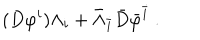
LaTeX: ( D { \varphi } ^ { i } ) \Lambda _ { i } + \bar { \Lambda } _ { \bar { i } } \bar { D } { \bar { \varphi } } ^ { \bar { i } } \ .